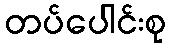
တပ်ပေါင်းစု